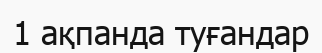
1 ақпанда туғандар